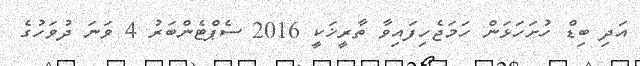
އަދި ބިޑް ހުށަހަޅަން ހަމަޖެހިފައިވާ ތާރީޚަކީ 2016 ސެޕްޓެންބަރު 4 ވަނަ ދުވަހުގެ